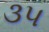
૩૫